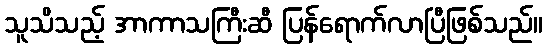
သူသိသည့် အာကာသကြီးဆီ ပြန်ရောက်လာပြီဖြစ်သည်။